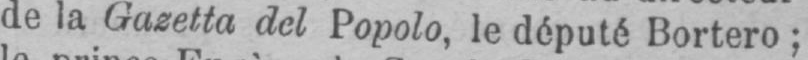
de la Gazetta del Popolo, le député Bortero;